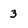
Character: 3